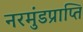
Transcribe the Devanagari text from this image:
नरमुंडप्राप्ति